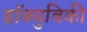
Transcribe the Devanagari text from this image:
डॉक्युविकी